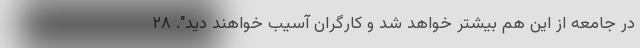
در جامعه از این هم بیشتر خواهد شد و کارگران آسیب خواهند دید". ۲۸